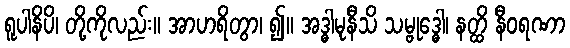
ရူပါနိပိ၊ တို့ကိုလည်း။ အာဟရိတွာ၊ ၍။ အဒ္ဓါမုနီသိ သမ္ဗုဒ္ဓေါ၊ နတ္ထိ နီဝရဏာ